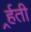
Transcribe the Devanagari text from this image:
र्र्हती